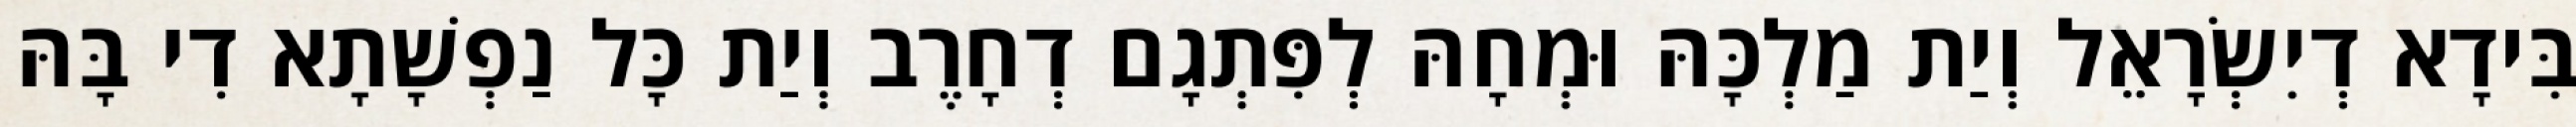
בִּידָא דְיִשְׂרָאֵל וְיַת מַלְכָּהּ וּמְחָהּ לְפִּתְגָם דְחָרֶב וְיַת כָּל נַפְשָׁתָא דִי בָּהּ